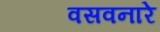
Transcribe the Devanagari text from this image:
वसवनारे